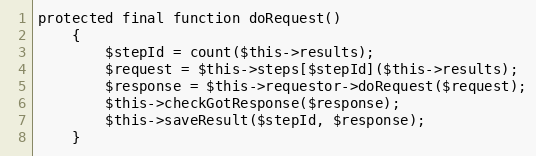
Language: PHP
protected final function doRequest()
    {
        $stepId = count($this->results);
        $request = $this->steps[$stepId]($this->results);
        $response = $this->requestor->doRequest($request);
        $this->checkGotResponse($response);
        $this->saveResult($stepId, $response);
    }